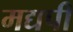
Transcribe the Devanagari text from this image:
मद्यपी